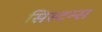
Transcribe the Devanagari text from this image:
सिस्टम्स